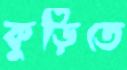
কুড়িতে